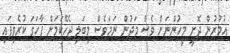
އުމުރުން ދޮށީ މީހުންނަށް ވެސް މަދުން ނަމަވެސް މިބަލި ޖެހޭކަމަށް ފާހަގަ ކުރެވިފައި